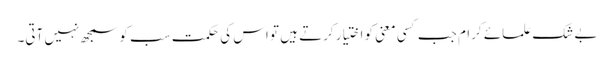
بے شک علمائے کرام جب کسی معنی کو اختیار کرتے ہیں تو اس کی حکمت سب کو سمجھ نہیں آتی۔